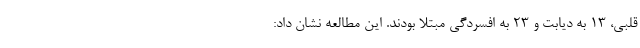
قلبی، ۱۳ به دیابت و ۲۳ به افسردگی مبتلا بودند. این مطالعه نشان داد: